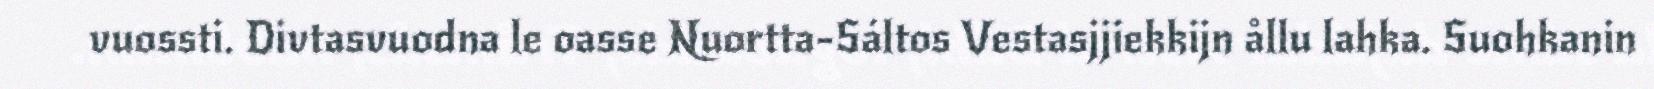
vuossti. Divtasvuodna le oasse Nuortta-Sáltos Vestasjjiekkijn ållu lahka. Suohkanin